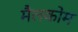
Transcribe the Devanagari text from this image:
मैलकोम